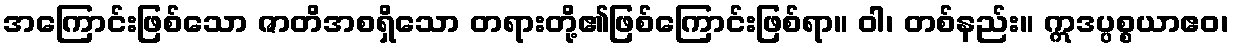
အကြောင်းဖြစ်သော ဇာတိအစရှိသော တရားတို့၏ဖြစ်ကြောင်းဖြစ်ရာ။ ဝါ၊ တစ်နည်း။ ဣဒပ္ပစ္စယာဧဝ၊